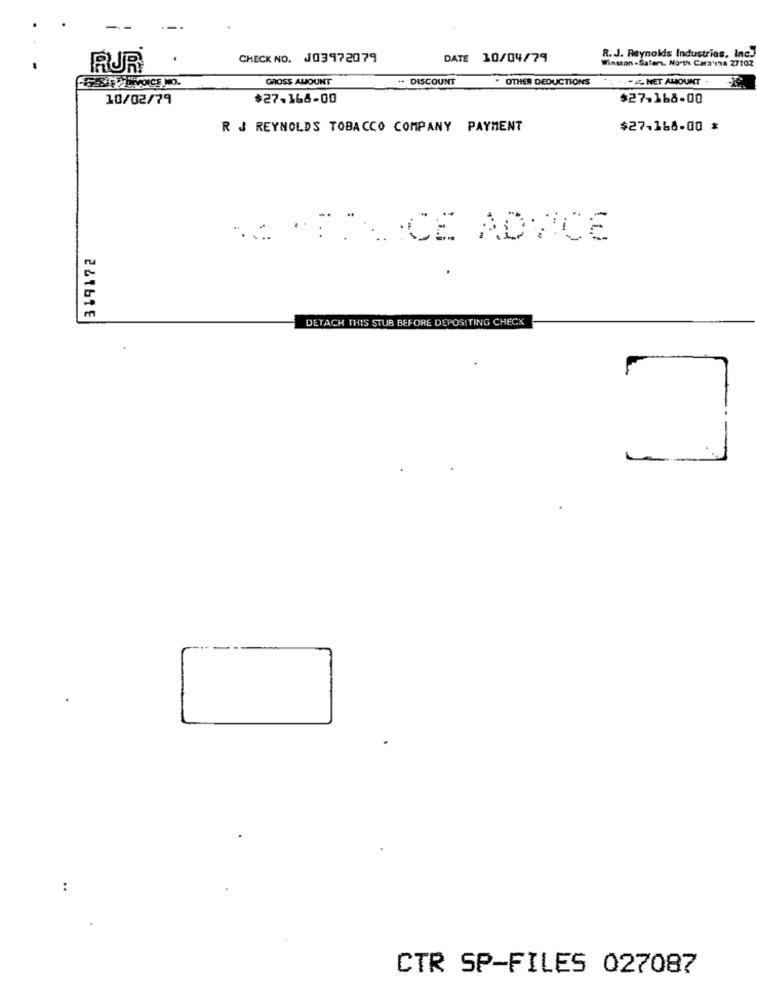
R. J. Reynolds Industries, Inc.
CHECK NO. J03972079
DATE 10/04/79
Winston -Safer. North Cara'ma 27102
RJR
GROSS AMOUNT
++ DISCOUNT
. OTHER DEDUCTIONS
.: .- NET AMOUNT .
10/02/79
$27-168-00
$27.168-00
R J REYNOLDS TOBACCO COMPANY PAYMENT
$27-168-00 *
ADVICE
319172
DETACH THIS STUB BEFORE DEPOSITING CHECK
CTR SP-FILES 027087